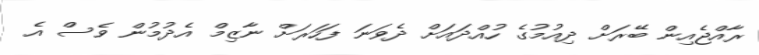
ރާއްޖެއިން ބޭރަށް ދިއުމުގެ ހުއްދައަށް ދެވަނަ ފަހަރަށް ނާޒިމް އެދުމުން ވެސް އެ